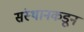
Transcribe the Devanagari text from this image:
संस्थानकडून